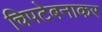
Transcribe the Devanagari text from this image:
चिपटेबनाकर